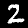
Label: 2